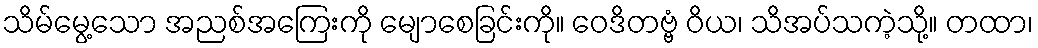
သိမ်မွေ့သော အညစ်အကြေးကို မျောစေခြင်းကို။ ဝေဒိတဗ္ဗံ ဝိယ၊ သိအပ်သကဲ့သို့။ တထာ၊